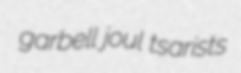
garbell joul tsarists